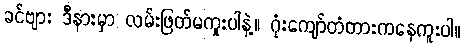
ခင်ဗျား ဒီနားမှာ လမ်းဖြတ်မကူးပါနဲ့။ ဂုံးကျော်တံတားကနေကူးပါ။